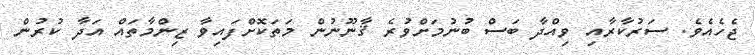
ޖެހެއެވެ. ސަރުކާރާއި ވިއްދާ ބަސް ބުނުމަށްވުރެ ޤާނޫނުން މަތަކޮށްފައިވާ ޒިންމާތައް އަދާ ކުރުން